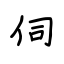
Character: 伺